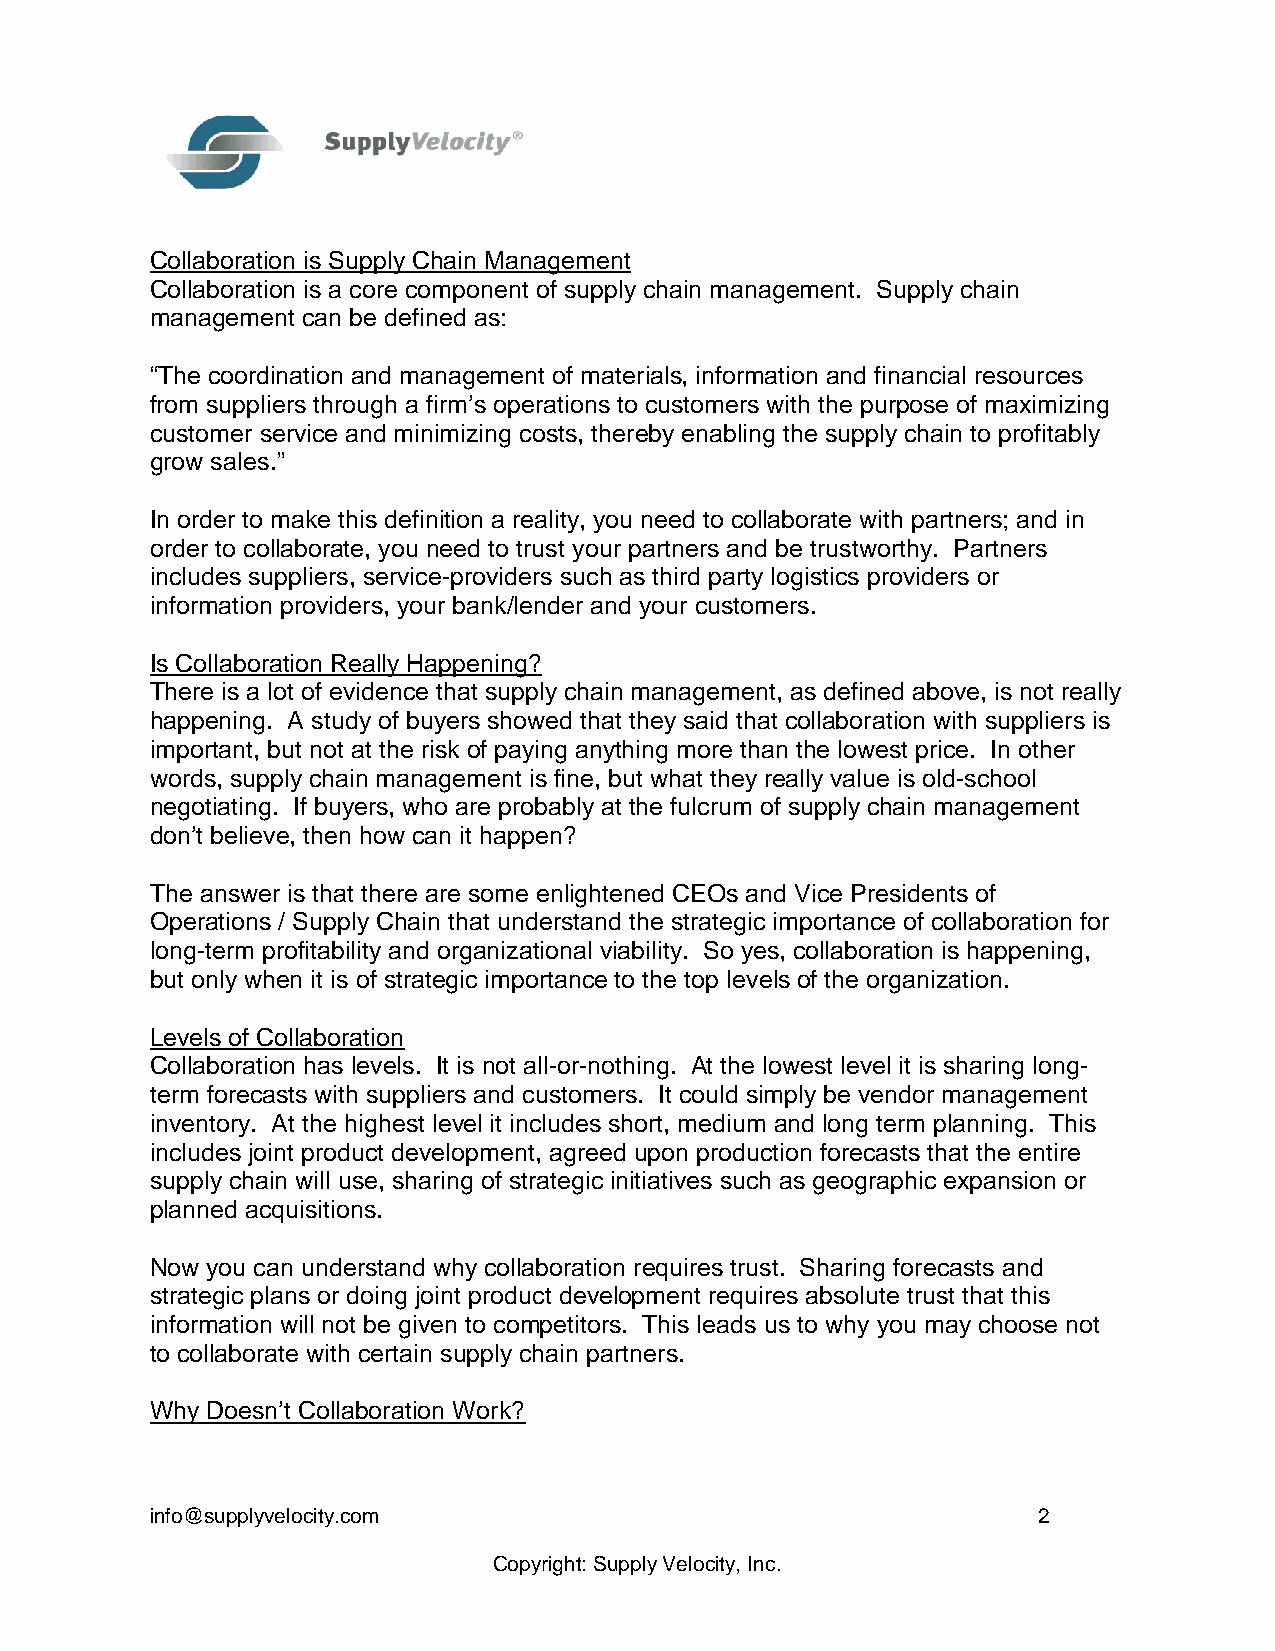
Collaboration is Supply Chain Management
 Collaboration is a core component of supply chain management. Supply chain
 management can be defined as:
 “The coordination and management of materials, information and financial resources
 from suppliers through a firm’s operations to customers with the purpose of maximizing
 customer service and minimizing costs, thereby enabling the supply chain to profitably
 grow sales.”
 In order to make this definition a reality, you need to collaborate with partners; and in
 order to collaborate, you need to trust your partners and be trustworthy. Partners
 includes suppliers, service-providers such as third party logistics providers or
 information providers, your bank/lender and your customers.
 Is Collaboration Really Happening?
 There is a lot of evidence that supply chain management, as defined above, is not really
 happening. A study of buyers showed that they said that collaboration with suppliers is
 important, but not at the risk of paying anything more than the lowest price. In other
 words, supply chain management is fine, but what they really value is old-school
 negotiating. If buyers, who are probably at the fulcrum of supply chain management
 don’t believe, then how can it happen?
 The answer is that there are some enlightened CEOs and Vice Presidents of
 Operations / Supply Chain that understand the strategic importance of collaboration for
 long-term profitability and organizational viability. So yes, collaboration is happening,
 but only when it is of strategic importance to the top levels of the organization.
 Levels of Collaboration
 Collaboration has levels. It is not all-or-nothing. At the lowest level it is sharing long-
 term forecasts with suppliers and customers. It could simply be vendor management
 inventory. At the highest level it includes short, medium and long term planning. This
 includes joint product development, agreed upon production forecasts that the entire
 supply chain will use, sharing of strategic initiatives such as geographic expansion or
 planned acquisitions.
 Now you can understand why collaboration requires trust. Sharing forecasts and
 strategic plans or doing joint product development requires absolute trust that this
 information will not be given to competitors. This leads us to why you may choose not
 to collaborate with certain supply chain partners.
 Why Doesn’t Collaboration Work?
 info@supplyvelocity.com                                    2
 Copyright: Supply Velocity, Inc.